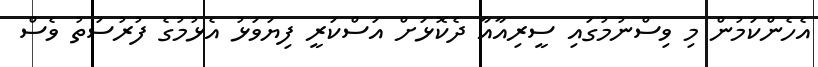
އެހެންކަމުން މި ވިސްނުމުގައި ސީރިއާއާ ދެކޮޅަށް އަސްކަރީ ފިޔަވަޅު އެޅުމުގެ ފުރުސަތު ވެސް